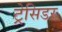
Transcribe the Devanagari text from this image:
ट्रेसिडर